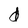
Character: d